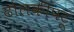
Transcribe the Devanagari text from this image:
ढोलकीपटू